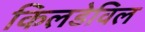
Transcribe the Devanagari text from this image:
किलडेविल